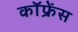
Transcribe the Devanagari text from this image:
कॉफ्रेंस